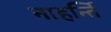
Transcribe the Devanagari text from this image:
नाहर्न्ति